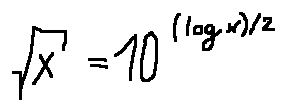
\sqrt { x } = 1 0 ^ { ( \log x ) / 2 }